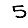
Digit: 5